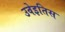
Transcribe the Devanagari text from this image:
उवेइतिस